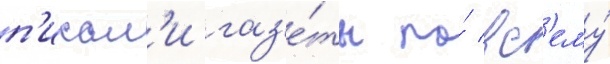
п'исал'и газ'е́ты по́ вс'ему́